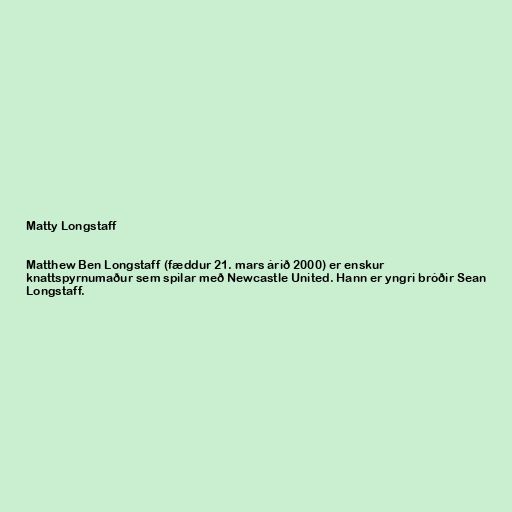
Matty Longstaff

Matthew Ben Longstaff (fæddur 21. mars árið 2000) er enskur
knattspyrnumaður sem spilar með Newcastle United. Hann er yngri bróðir Sean
Longstaff.